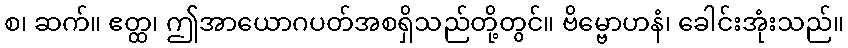
စ၊ ဆက်။ ဧတ္ထ၊ ဤအာယောဂပတ်အစရှိသည်တို့တွင်။ ဗိမ္ဗောဟနံ၊ ခေါင်းအုံးသည်။